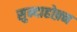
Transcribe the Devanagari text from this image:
सुन्दाहोफ़्न